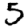
Digit: 5